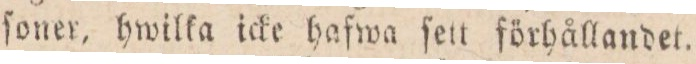
ſoner, hwilka icke hafwa ſett förhållandet.